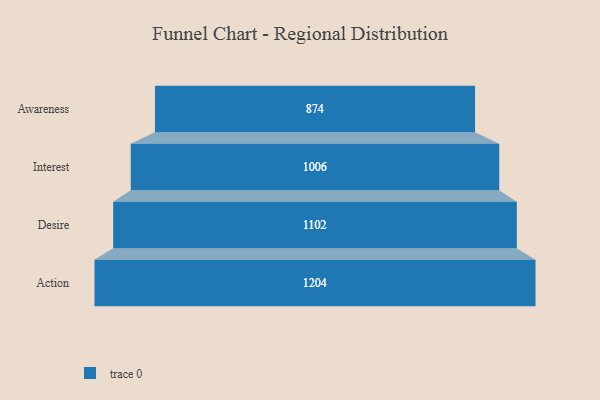
{"axis": {"x": "Stage", "y": "Value"}, "legend": [""], "data": [{"x": "Awareness", "y": 874.0, "type": ""}, {"x": "Interest", "y": 1006.0, "type": ""}, {"x": "Desire", "y": 1102.0, "type": ""}, {"x": "Action", "y": 1204.0, "type": ""}]}